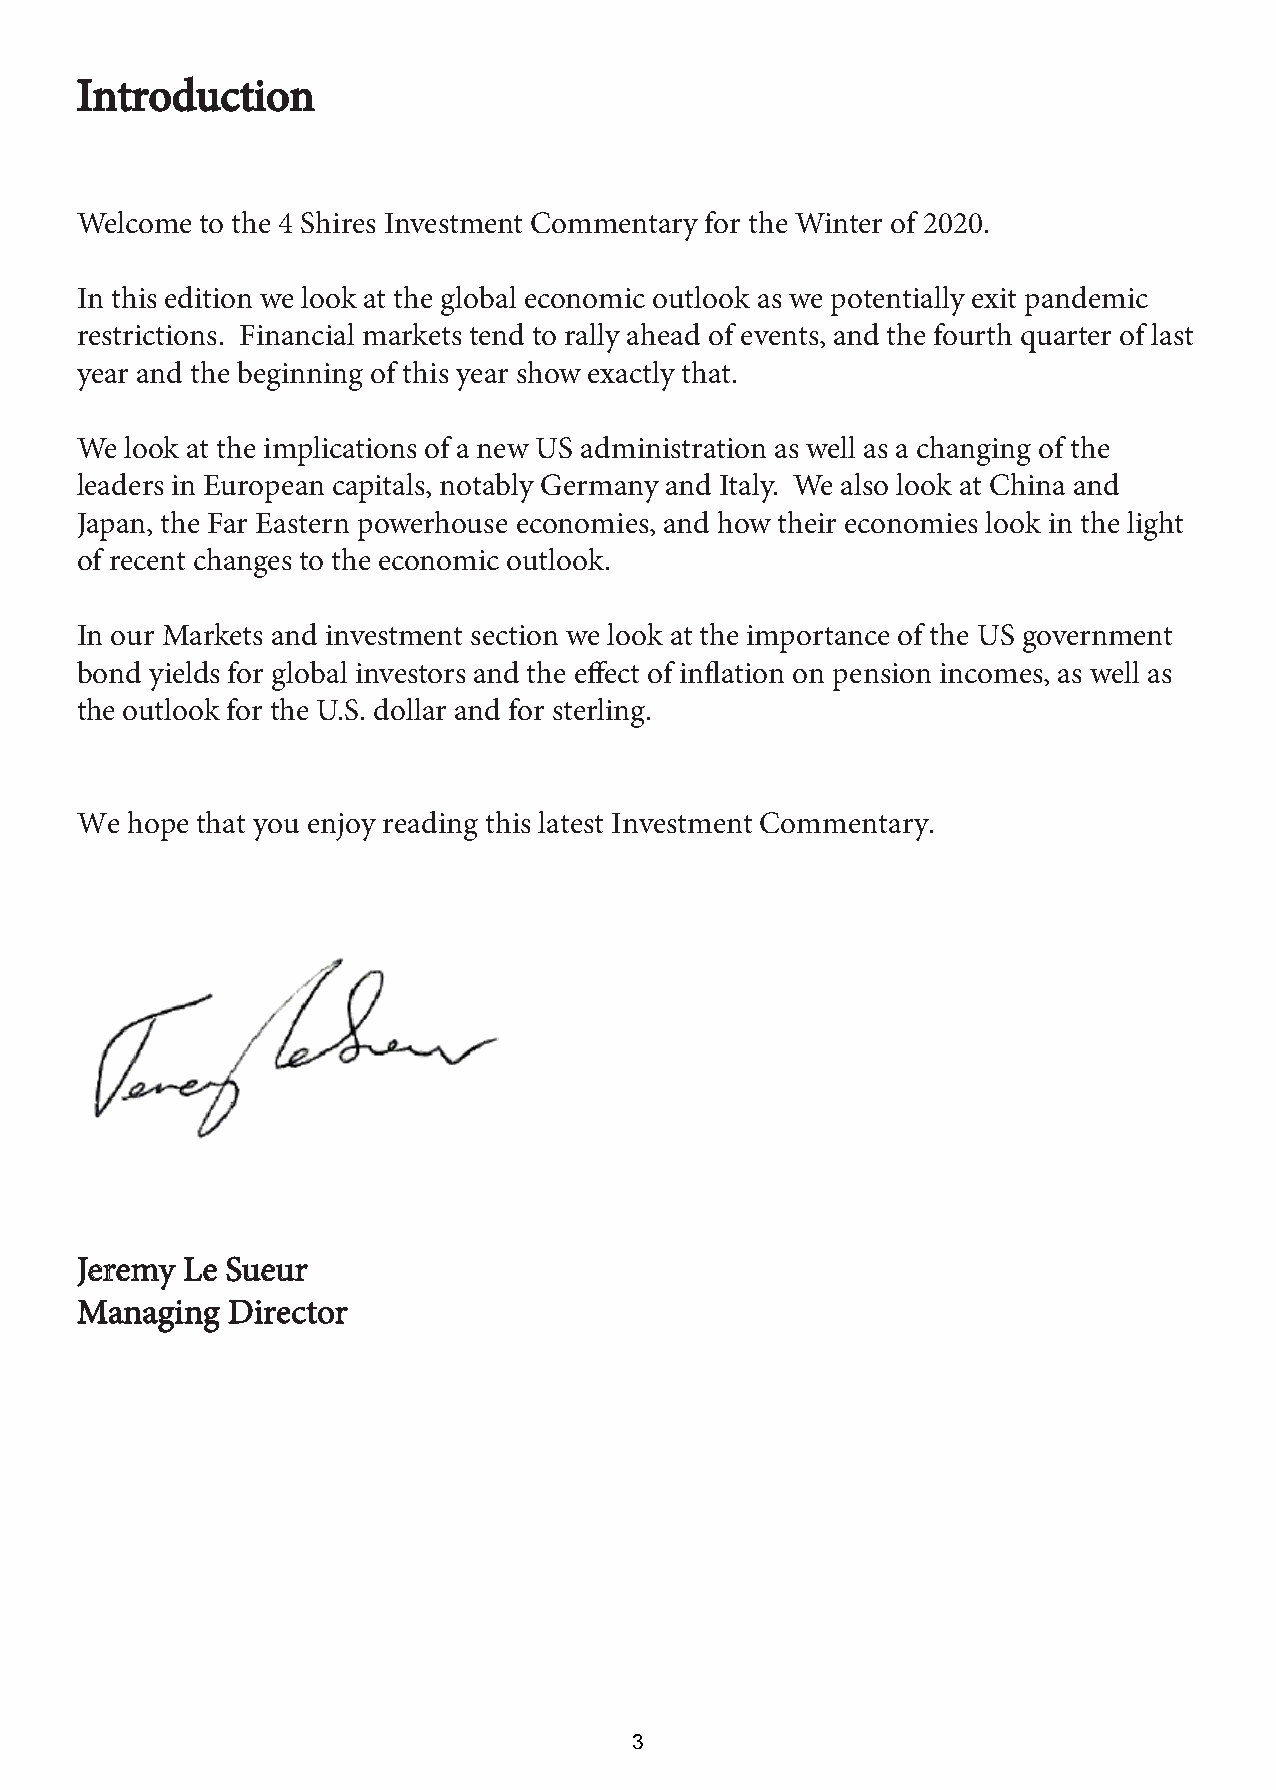
IInnttrroodduuccttiioonn
 Welcome to the 4 Shires Investment Commentary for the Winter of 2020.
 In this edition we look at the global economic outlook as we potentially exit pandemic
 restrictions. Financial markets tend to rally ahead of events, and the fourth quarter of last
 year and the beginning of this year show exactly that.
 We look at the implications of a new US administration as well as a changing of the
 leaders in European capitals, notably Germany and Italy. We also look at China and
 Japan, the Far Eastern powerhouse economies, and how their economies look in the light
 of recent changes to the economic outlook.
 In our Markets and investment section we look at the importance of the US government
 bond yields for global investors and the effect of inflation on pension incomes, as well as
 the outlook for the U.S. dollar and for sterling.
 We hope that you enjoy reading this latest Investment Commentary.
 JJeerreemmyy LLee SSuueeuurr
 MMaannaaggiinngg DDiirreeccttoorr
 3